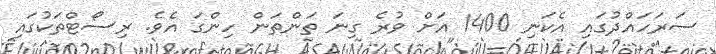
ސަރަހައްދުގައި އެކަނި 1400 އަށް ވުރެ ގިނަ ތަންތަން ހިންގަ އެވެ. ރިސޯޓްތަކުގައި